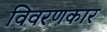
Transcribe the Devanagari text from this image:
विवरणकार